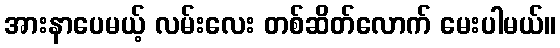
အားနာပေမယ့် လမ်းလေး တစ်ဆိတ်လောက် မေးပါမယ်။